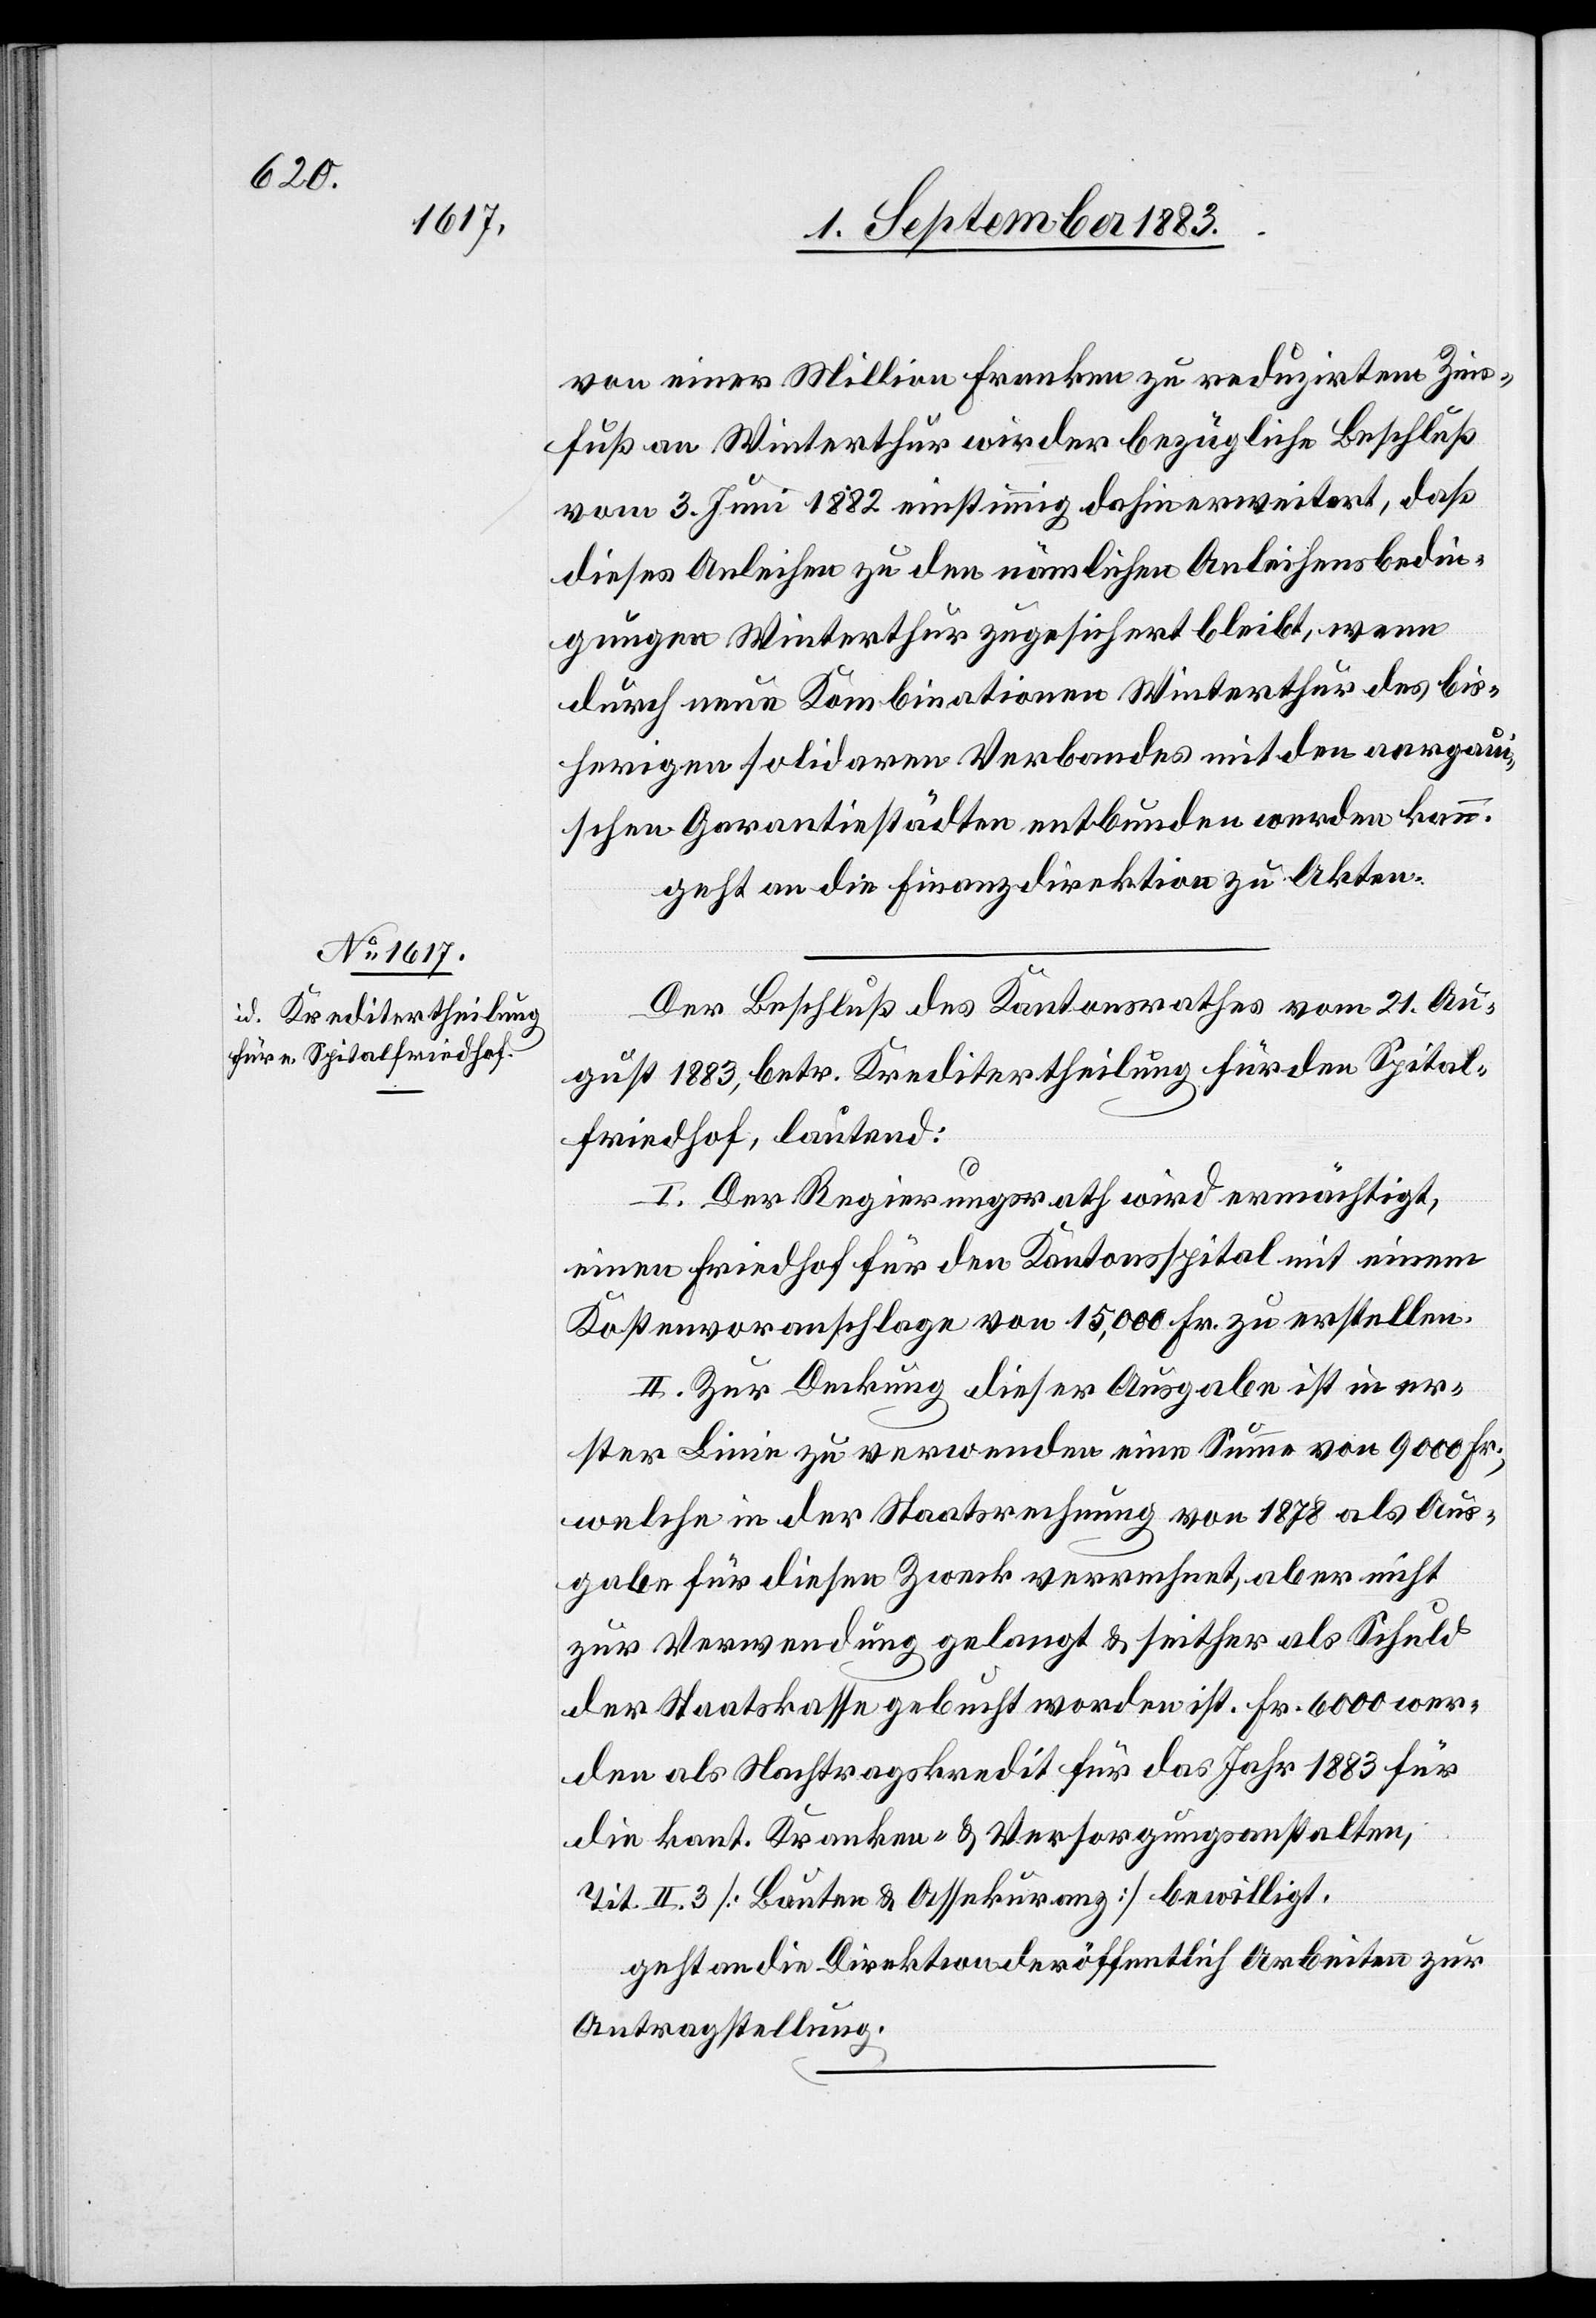
von einer Million Franken zu reduzirtem Zins¬
fuß an Winterthur wird der bezügliche Beschluß
vom 3. Juni 1882 einstimmig dahin erweitert, daß
dieses Anleihen zu den nämlichen Anleihensbedin¬
gungen Winterthur zugesichert bleibt, wenn
durch neue Kombinationen Winterthur des bis¬
herigen solideren Verbandes mit den aargau¬
ischen Garantiestädten entbunden werden kann.
Der Beschluß des Kantonsrathes vom 21. Au¬
gust 1883, betr. Kreditertheilung für den Spital¬
friedhof, lautend:
I. Der Regierungsrath wird ermächtigt,
einen Friedhof für den Kantonsspital mit einem
Kostenvoranschlage von 15,000 Fr. zu erstellen.
II. Zur Deckung dieser Ausgabe ist in er¬
ster Linie zu verwenden eine Summe von 9000 Fr.,
welche in der Staatsrechnung von 1878 als Aus¬
gabe für diesen Zweck verrechnet, aber nicht
zur Verwendung gelangt & seither als Schuld
der Staatskasse gebucht worden ist. Fr. 6000 wer¬
den als Nachtragskredit für das Jahr 1883 für
die kant. Kranken- & Versorgungsanstalten,
Tit. II. 3. [Bauten & Assekuranz] bewilligt.
geht an die Direktion der öffentlichen Arbeiten zur
Antragstellung.